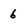
Character: 6